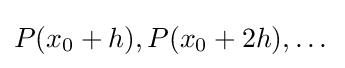
P(x_{0}+h),P(x_{0}+2h),\dots